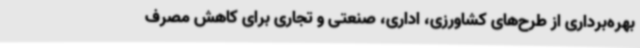
بهره‌برداری از طرح‌های کشاورزی، اداری، صنعتی و تجاری برای کاهش مصرف